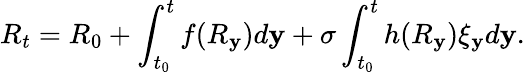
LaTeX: R_{t}=R_{0}+\int_{t_{0}}^{t}f(R_{\mathbf{y}})d\mathbf{y}+\sigma\int_{t_{0}}^{t}h(R_{\mathbf{y}})\xi_{\mathbf{y}}d\mathbf{y}.